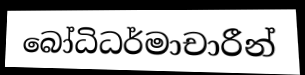
බෝධිධර්මාචාරීන්